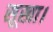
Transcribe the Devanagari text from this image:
सूखा।